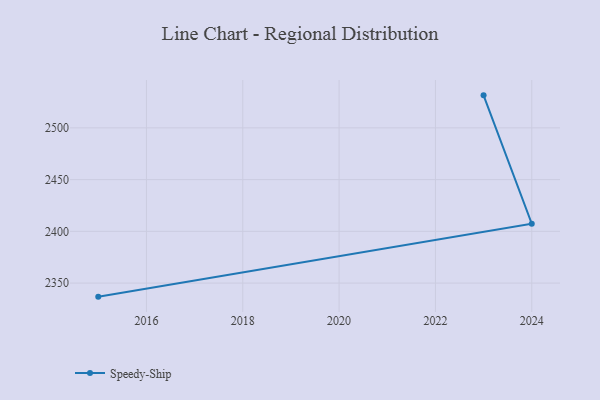
{"axis": {"x": "Year", "y": "Customer Acquisition Cost (USD)"}, "legend": ["Speedy-Ship"], "data": [{"x": "2023", "y": 2531.4, "type": "Speedy-Ship"}, {"x": "2024", "y": 2407.4, "type": "Speedy-Ship"}, {"x": "2015", "y": 2336.9, "type": "Speedy-Ship"}]}